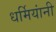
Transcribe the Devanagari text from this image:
धर्मियांनी